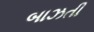
બાઝતી